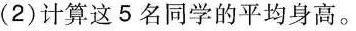
(2)计算这5名同学的平均身高。